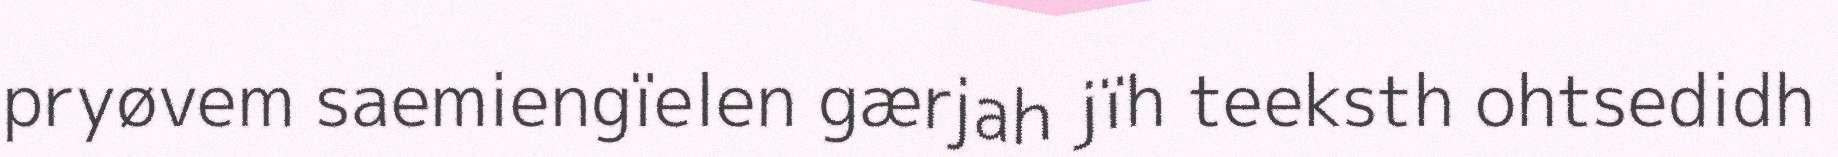
pryøvem saemiengïelen gærjah jïh teeksth ohtsedidh